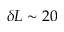
\delta L \sim 2 0